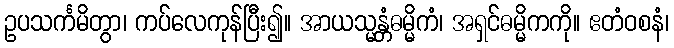
ဥပသင်္ကမိတွာ၊ ကပ်လေကုန်ပြီး၍။ အာယသ္မန္တံဓမ္မိကံ၊ အရှင်ဓမ္မိကကို။ ဧတံဝစနံ၊